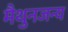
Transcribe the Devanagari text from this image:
मैथुनजन्य